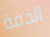
الدفة